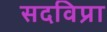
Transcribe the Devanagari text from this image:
सदविप्रा